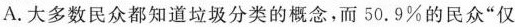
A.大多数民众都知道垃圾分类的概念，50.9%的民众”仅